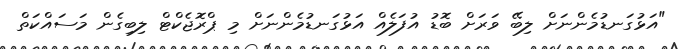
"އަޅުގަނޑުމެންނަށް ލިބޭ ވަރަށް ބޮޑު އުފަލެއް އަޅުގަނޑުމެންނަށް މި ޕްރޮޖެކްޓް ލިބިގެން މަސައްކަތް